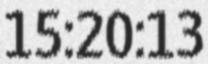
15:20:13